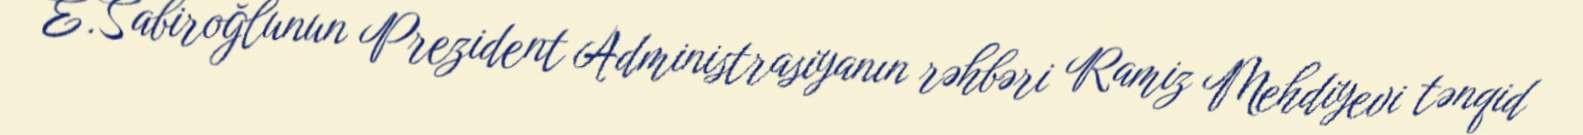
E.Sabiroğlunun Prezident Administrasiyanın rəhbəri Ramiz Mehdiyevi tənqid